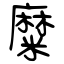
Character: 糜